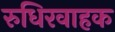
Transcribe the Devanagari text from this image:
रुधिरवाहक